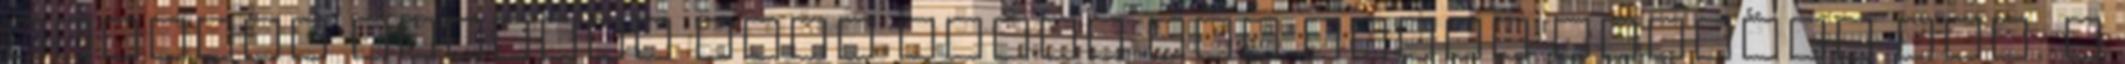
ajtóval szemben levő falon egy tucat ízléses kép. A